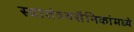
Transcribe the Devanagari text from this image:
स्वातंत्र्यसैनिकांमध्ये